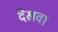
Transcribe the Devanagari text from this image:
देखवा